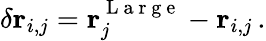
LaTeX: \delta\mathbf{r}_{i,j}=\mathbf{r}_{j}^{\mathrm{~L~a~r~g~e~}}-\mathbf{r}_{i,j}\, .